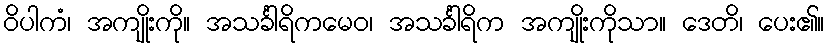
ဝိပါကံ၊ အကျိုးကို။ အသင်္ခါရိကမေဝ၊ အသင်္ခါရိက အကျိုးကိုသာ။ ဒေတိ၊ ပေး၏။